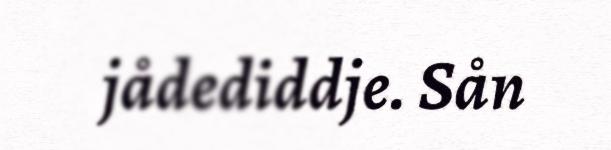
jådediddje. Sån